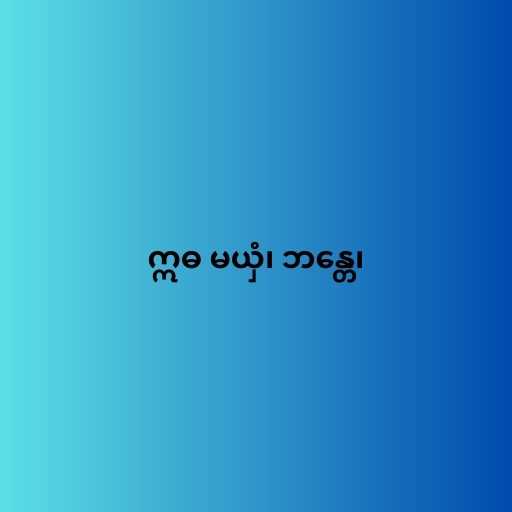
ဣဓ မယှံ၊ ဘန္တေ၊